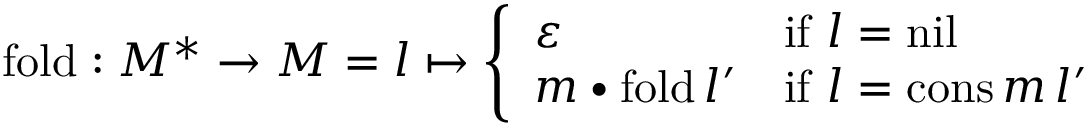
\mathrm { f o l d } : M ^ { * } \rightarrow M = l \mapsto { \left\{ \begin{array} { l l } { \varepsilon } & { { \mathrm { i f ~ } } l = \mathrm { n i l } } \\ { m \bullet \mathrm { f o l d } \, l ^ { \prime } } & { { \mathrm { i f ~ } } l = \mathrm { c o n s } \, m \, l ^ { \prime } } \end{array} \right. }